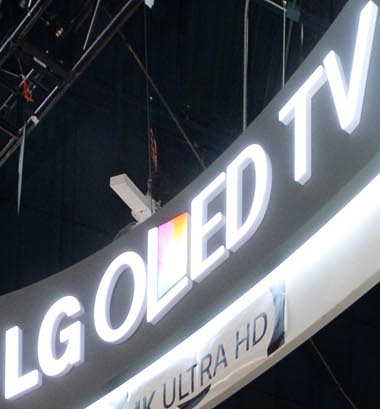
LGOLED TV